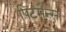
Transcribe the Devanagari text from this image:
पिटमैन्स